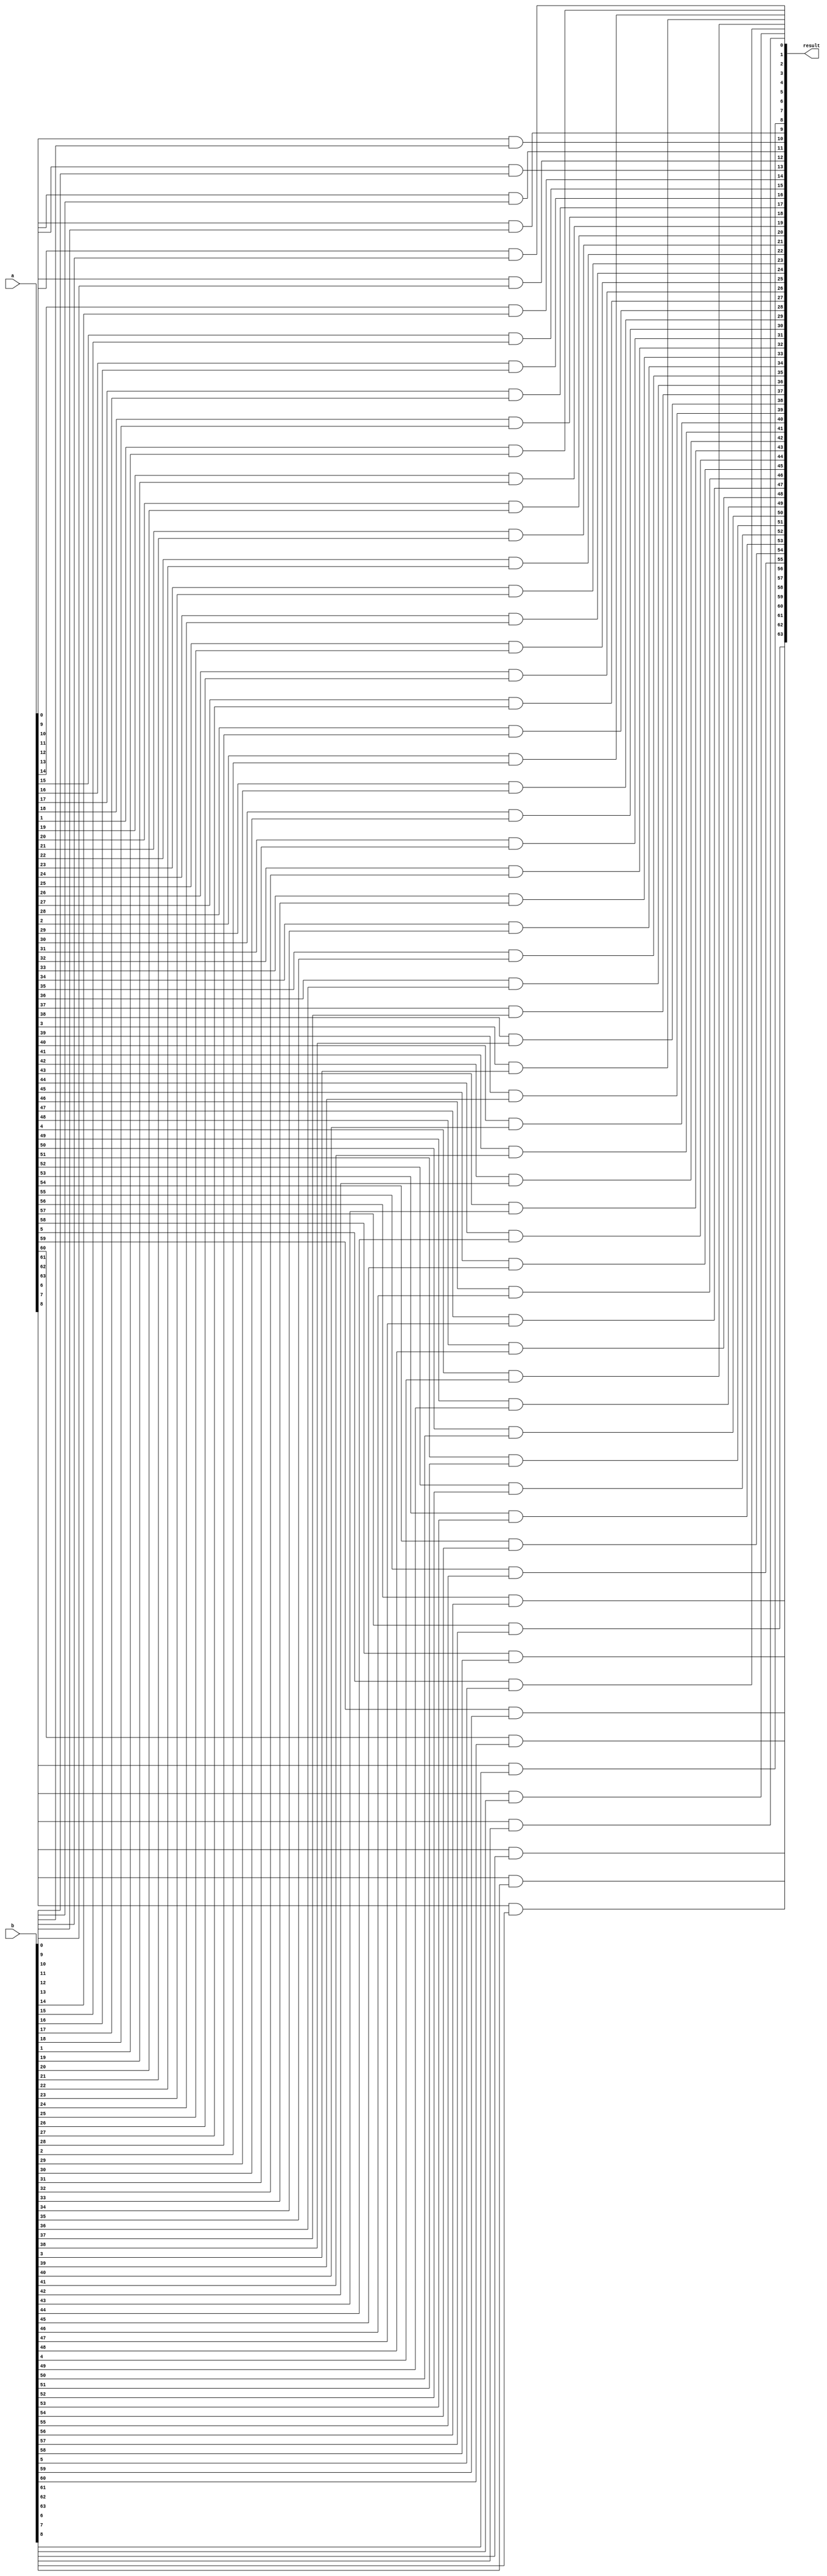
module and_func(a,b,result);

input [63:0] a,b;
output [63:0] result;

assign overflow = 0;

genvar it2;
generate
for (it2 = 0;it2 < 64;it2 = it2+1)
    begin: and_1

    and(result[it2],a[it2],b[it2]);
    end
endgenerate

endmodule